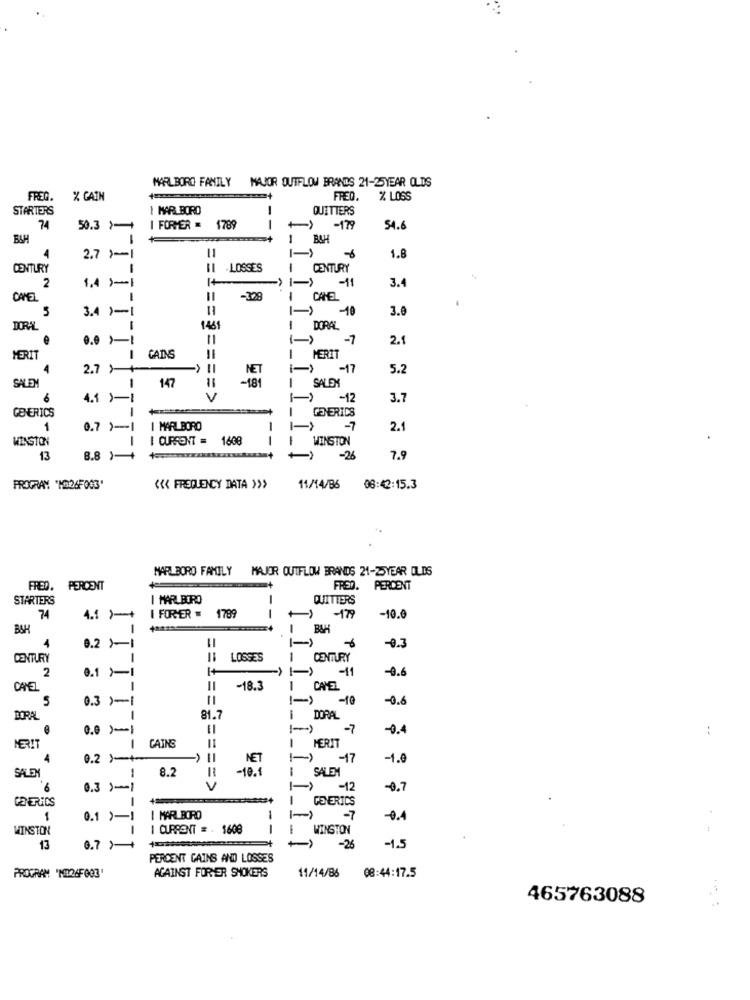
MARLBORO FANILY MAJOR OUTFLOW BRANDS 21-25YEAR OLDS
FREQ.
X CATH
FRED
% LOSS
STARTERS
1 MAR BORD
QUITTERS
74
50.3 )+
I FORMER = 1789
--
-) -179
54.6
ELH
1
BAH
11
4
2.7 >-1
-
1.8
CENTURY
II -LOSSES
CENTURY
1.4 }-1
3.4
2
-329
CANEL
5
3.4 1-1
I-)
-10
3.6
DORAL
146
1 DORAL
0.0>-
11
-1
2.1
MERIT
-
GAINS
I MERIT
4
2.7 )-+
-) -17
5.2
147
NET
SALEX
SALEM
1
6
4.1 )-1
=== >
I-) -12
3.7
GENERICS
GENERICS
1
0.7 )-1
I MARLBORO
-7
2.1
WINSTON
CURRENT = 1608
WINSTON
13
8.8 )-+
-26
7.9
PROGRAM 'NA26F003'
<<< FREQUENCY DATA >>>
11/14/96 06:42:15.3
MARLBORO FAMILY MAJOR OUTFLOW BRANDS 21-25YEAR OLDS
FRED. PERCENT
FRED. PERCENT
STARTERS
I MARLBORO
QUITTERS
1789
74
4.1 )-+
I FORER
--
-179
-10.0
BAH
-
BAH
0.2 )-1
1-
4
-0.3
CENTURY
1
LOSSES
1
CENTURY
-11
-0.6
2
0.1 >-1
CAYEL
-
-18.3
I CHEL
5
0.3 )-1
=====
-10
-0.6
BORAL
1
81.7
DORAL
-7
-0.4
:
CAINS
MERIT
I MERIT
4
0.2 )-+
NET
1-1 -17
-1.0
8.2
-10.1
SALEM
SALEN
1
0.3 )-1
=== >
-) -2
-0.7
GENERICS
-
GENERICS
1
0.1 )-1
I MARLBORO
-7
-0.4
WINSTON
I CURRENT = - 1608
1
WINSTON
6.7 )+
13
-26
-1.5
PERCENT CAINS AND LOSSES
AGAINST FORYER SHOKERS
PROGRAM 'NI26F003'
11/14/86 08:44:17.5
465763088